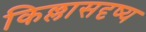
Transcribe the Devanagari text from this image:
किल्लासदृष्य